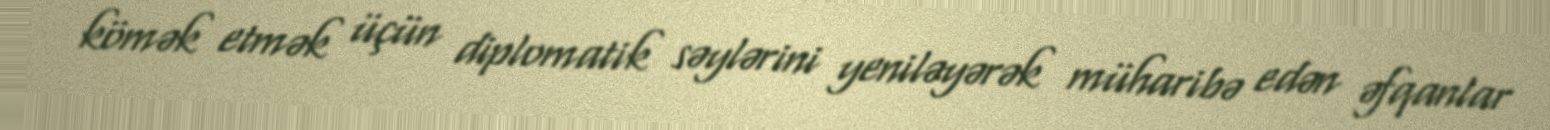
kömək etmək üçün diplomatik səylərini yeniləyərək müharibə edən əfqanlar